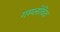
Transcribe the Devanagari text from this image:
गम्प्लोविज़